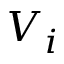
V _ { i }